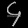
Digit: ၄